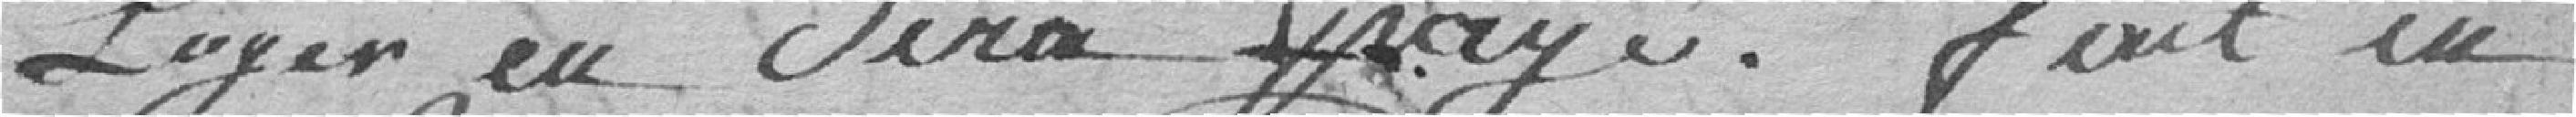
loyer sera payé. Fait en